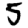
Digit: 5